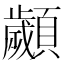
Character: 顪